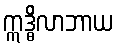
ဣဒ္ဓိလာဘာယ